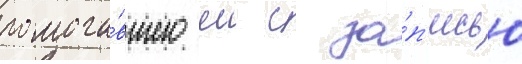
помога́вшего еи с за́п'исью